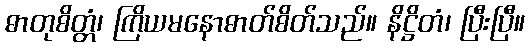
ဓာတုစိတ္တံ၊ ကြိယမနောဓာတ်စိတ်သည်။ နိဋ္ဌိတံ၊ ပြီးပြီ။